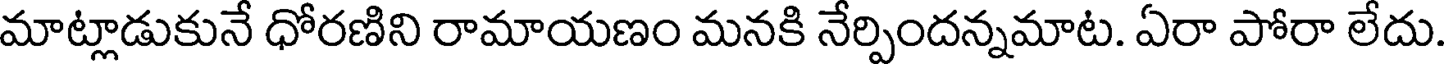
మాట్లాడుకునే ధోరణిని రామాయణం మనకి నేర్పిందన్నమాట. ఏరా పోరా లేదు